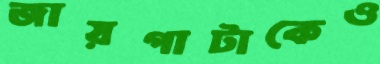
জায়গাটাকেও